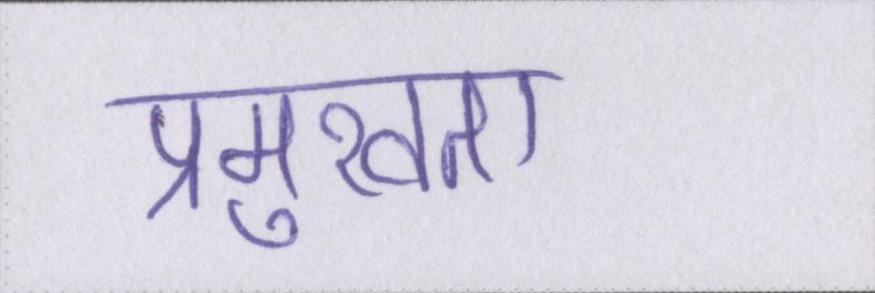
प्रमुखता